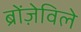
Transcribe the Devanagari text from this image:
ब्रोंज़ेविले